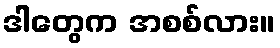
ဒါတွေက အစစ်လား။